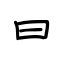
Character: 曰